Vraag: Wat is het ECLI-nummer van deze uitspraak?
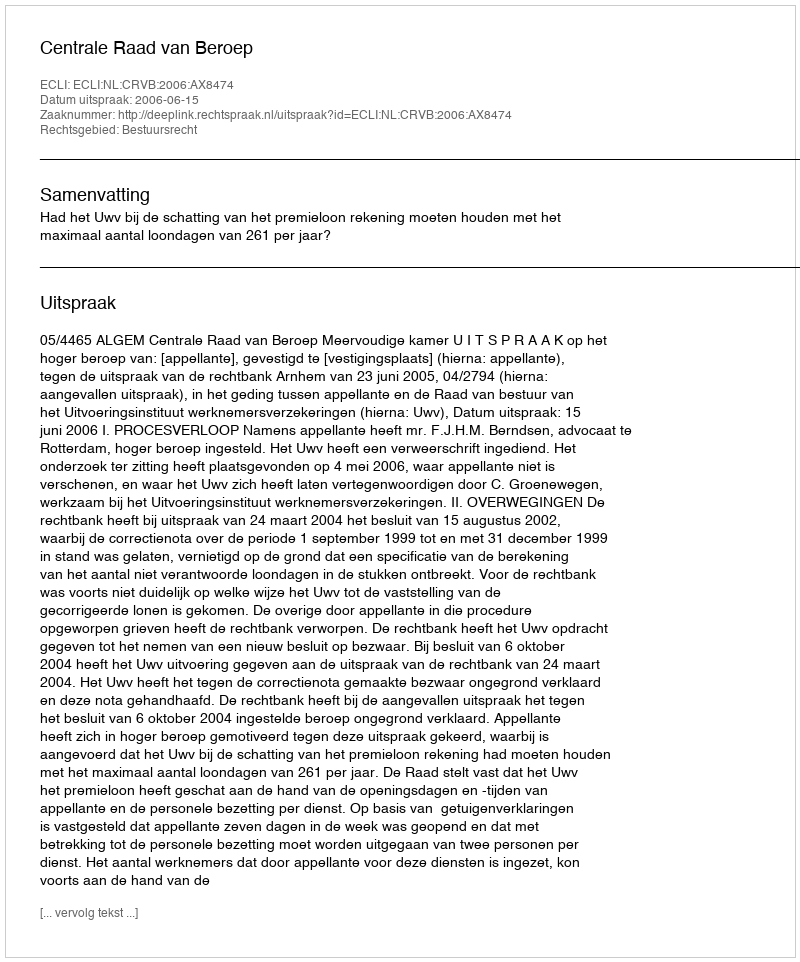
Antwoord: ECLI:NL:CRVB:2006:AX8474